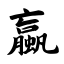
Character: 蠃